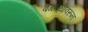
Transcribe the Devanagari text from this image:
बंगल्यावरून